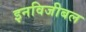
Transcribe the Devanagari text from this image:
इनविजीबल